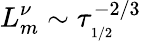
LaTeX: L_{m}^{\nu}\sim\tau_{_{1/2}}^{-2/3}